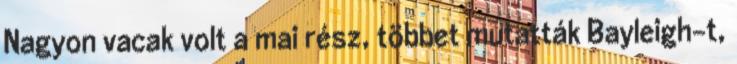
Nagyon vacak volt a mai rész, többet mutatták Bayleigh-t,